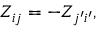
Z _ { i j } = - Z _ { j { ' } i { ' } } ,